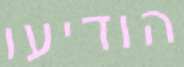
הודיעו